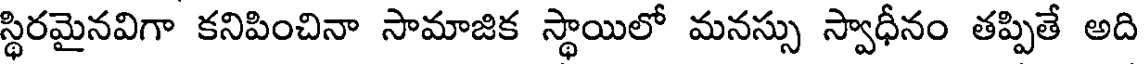
స్థిరమైనవిగా కనిపించినా సామాజిక స్థాయిలో మనస్సు స్వాధీనం తప్పితే అది